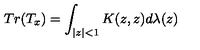
T r ( T _ { x } ) = \int _ { | z | < 1 } K ( z , z ) d \lambda ( z )